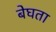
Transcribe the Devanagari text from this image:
बेघता